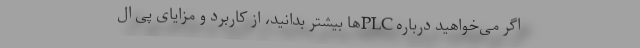
اگر می‌­خواهید درباره PLCها بیشتر بدانید، از کاربرد و مزایای پی ال